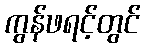
ကွန်ဖရင့်တွင်